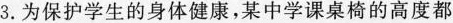
3.为保护学生的身体健康，某中学课桌椅的高度都